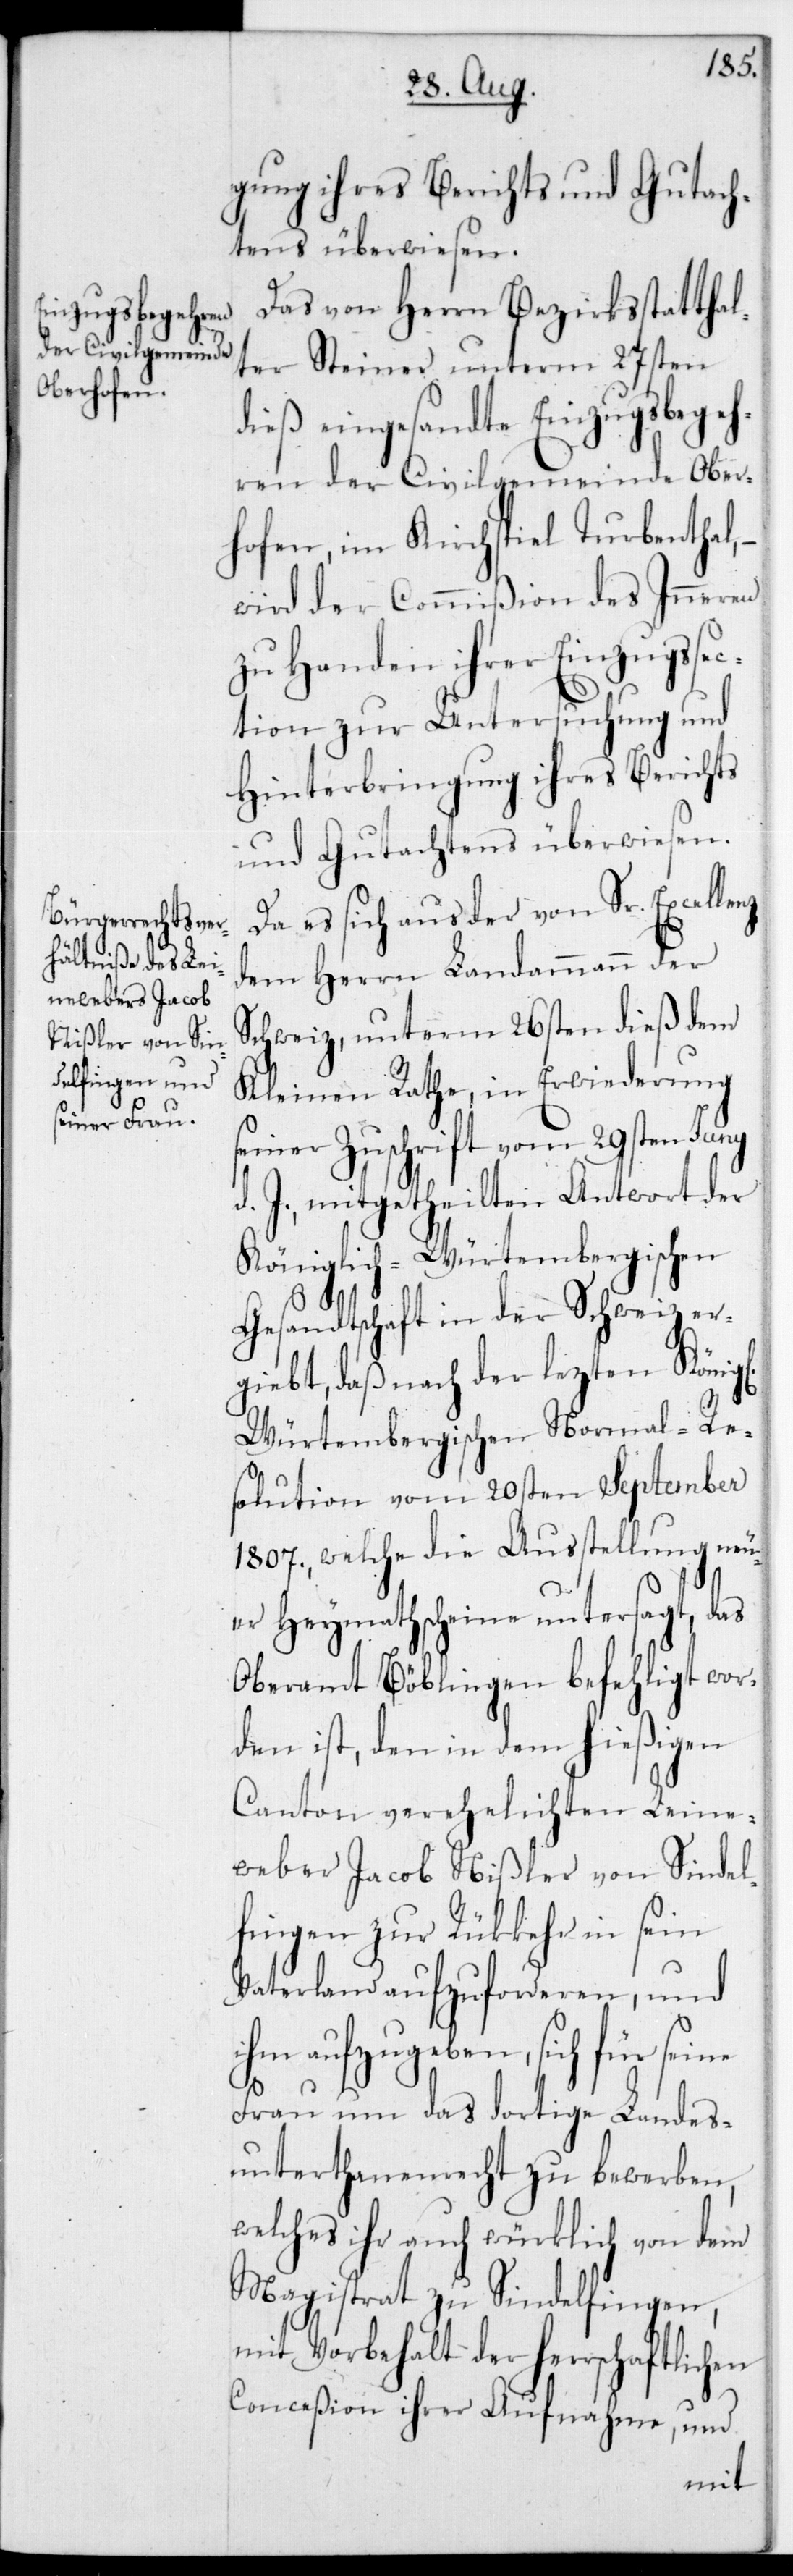
nz,d¬
gung ihres Berichts und Gutach¬
tens überwiesen.
Das von Herrn Bezirksstatthal¬
ter Steiner unterm 27sten
dieß eingesandte Einzugsbegeh¬
ren der Civilgemeinde Ober¬
hofen, im Kirchspiel Turbenthal,
wird der Commißion des Inneren
zu Handen ihrer Einzugssec¬
tion zur Untersuchung und
Hinterbringung ihres Berichts
und Gutachtens überwiesen.
Da es sich aus der von Sr. Excelle¬
em Herrn Landammann der
Schweiz, unterm 26sten dieß dem
Kleinen Rathe, in Erwiederung
seiner Zuschrift vom 29sten
d. J. mitgetheilten Antwort der
Königlich-Würtembergischen
Gesandtschaft in der Schweiz er¬
giebt, daß nach der lezten Königl.
Würtembergischen Normal-Re¬
solution vom 20sten September
1807, welche die Ausstellung neu¬
er Heymathscheine untersagt, das
Oberamt Böblingen befehligt wor¬
den ist, den in dem hießigen
Canton verehelichten Leine¬
weber Jacob Nißler von Sindel¬
fingen zur Rückkehr in sein
Vaterland aufzuforderen, und
ihm aufzugeben, sich für
Frau um das dortige Landes¬
unterthanenrecht zu bewerben,
welches ihr auch würklich von dem
Magistrat zu Sindelfingen,
Conceßion ihrer Aufnahme, und
mit